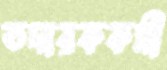
তদারককর্মী